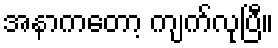
အနာကတော့ ကျက်လုပြီ။